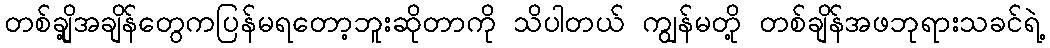
တစ်ချို့အချိန်တွေကပြန်မရတော့ဘူးဆိုတာကို သိပါတယ် ကျွန်မတို့ တစ်ချိန်အဖဘုရားသခင်ရဲ့